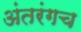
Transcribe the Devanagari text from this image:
अंतरंगच